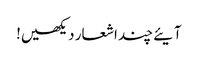
آیئے چند اشعار دیکھیں!